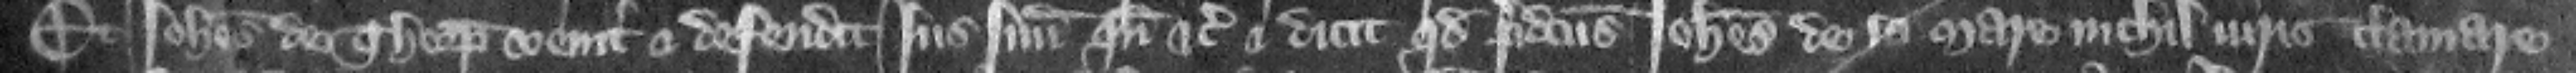
Et Iohannes de Thorp venit et defendit is suum quando etc. et dicit quod predictus Iohannes de la Mare nichil juris clamare